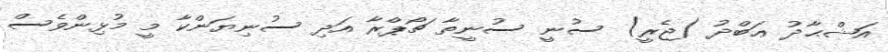
އަޝްޙާދު ޢަބްދު (ޖެރީ) ސުނީ ސުނީތާ ޗޯޕްރާ އަދި ސުނިޔަންކާ މީ މުޅިންވެސް